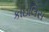
કાઇલિસ